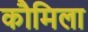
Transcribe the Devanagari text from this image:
कौमिला